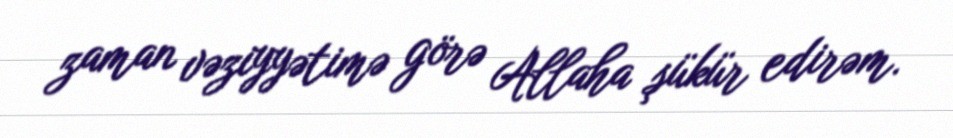
zaman vəziyyətimə görə Allaha şükür edirəm.